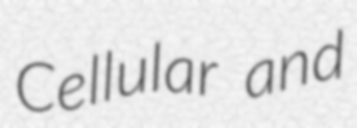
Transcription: Cellular and